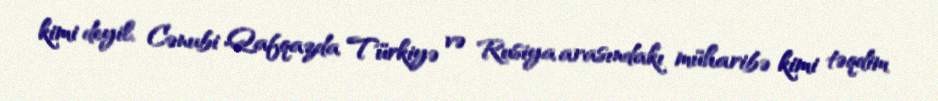
kimi deyil, Cənubi Qafqazda Türkiyə və Rusiya arasındakı müharibə kimi təqdim